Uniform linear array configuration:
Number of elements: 48
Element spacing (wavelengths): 0.75
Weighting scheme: hamming
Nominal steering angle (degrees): -45
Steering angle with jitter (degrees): -45.019
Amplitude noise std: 0.05
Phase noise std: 0.05

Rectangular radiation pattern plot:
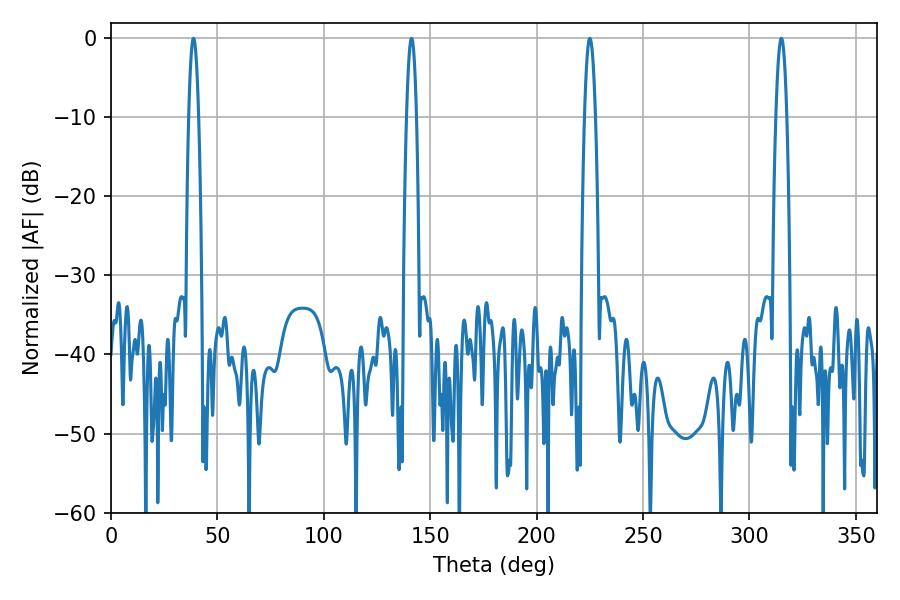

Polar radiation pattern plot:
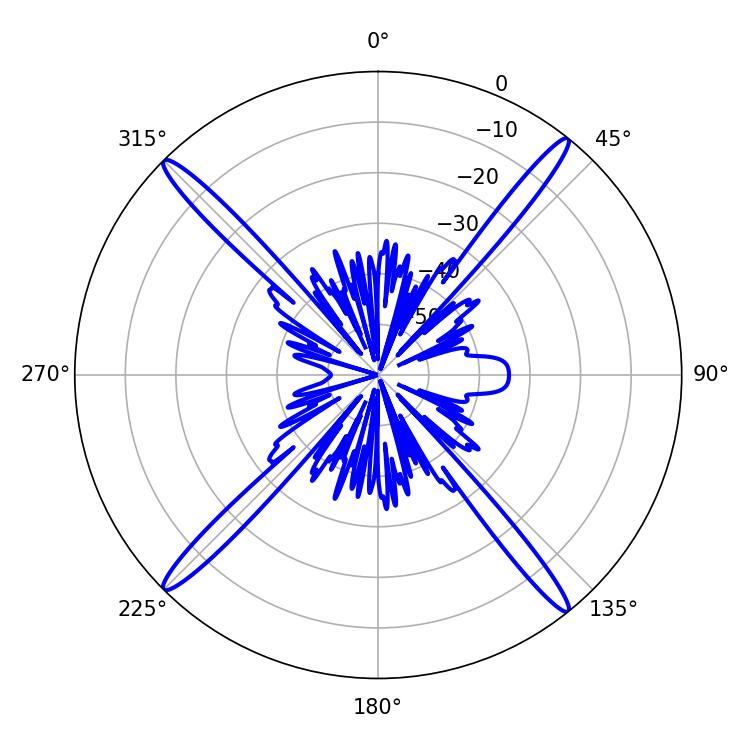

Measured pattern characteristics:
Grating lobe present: TRUE
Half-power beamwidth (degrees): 2.88
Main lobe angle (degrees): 225